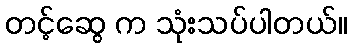
တင့်ဆွေ က သုံးသပ်ပါတယ်။